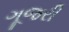
ગૂજરી